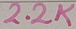
Text: 2.2K